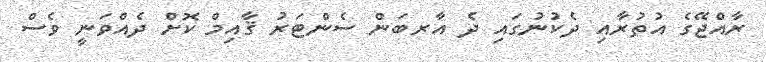
ރާއްޖޭގެ އުތުރާއި ދެކުނުގައި ދެ އާރބަން ސެންޓަރު ޤާއިމް ކޮށް ދެއްވަނީ ވެސް